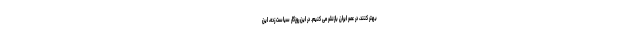
بهتر کنند، در عصر ایران بازنشر می کنیم. در این روزگار سیاست زده، این